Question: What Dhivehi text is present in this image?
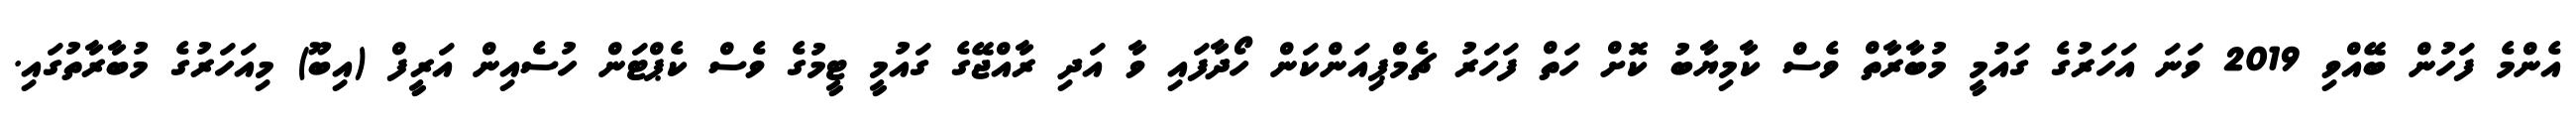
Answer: އެންމެ ފަހުން ބޭއްވި 2019 ވަނަ އަހަރުގެ ގައުމީ މުބާރާތް ވެސް ކާމިޔާބު ކޮށް ހަތް ފަހަރު ޗެމްޕިއަންކަން ހޯދާފައި ވާ އަދި ރާއްޖޭގެ ގައުމީ ޓީމުގެ ވެސް ކެޕްޓަން ހުސެއިން އަރީފް (އިބޫ) މިއަހަރުގެ މުބާރާތުގައި.